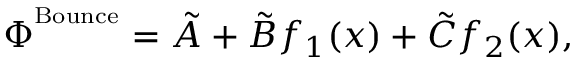
\Phi ^ { ^ \mathrm { B o u n c e } } = \tilde { A } + \tilde { B } f _ { 1 } ( x ) + \tilde { C } f _ { 2 } ( x ) ,